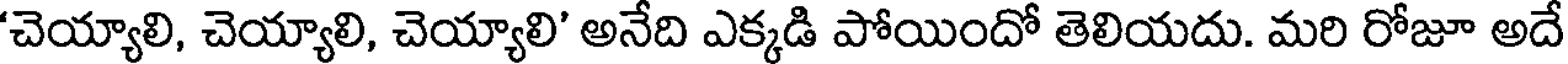
'చెయ్యాలి, చెయ్యాలి, చెయ్యాలి' అనేది ఎక్కడి పోయిందో తెలియదు. మరి రోజూ అదే